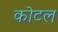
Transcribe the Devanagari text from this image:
कोटल